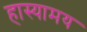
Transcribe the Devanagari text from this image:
हास्यामय